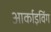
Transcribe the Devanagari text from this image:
आर्काइविंग